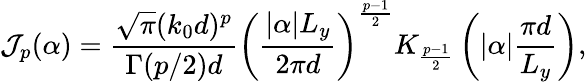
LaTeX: \mathcal{J}_{p}(\alpha)=\frac{\sqrt{\pi}(k_{0}d)^{p}}{\Gamma(p/2)d}\left(\frac{|\alpha|L_{y}}{2\pi d}\right)^{\frac{p-1}{2}}K_{\frac{p-1}{2}}\left(|\alpha|\frac{\pi d}{L_{y}}\right),